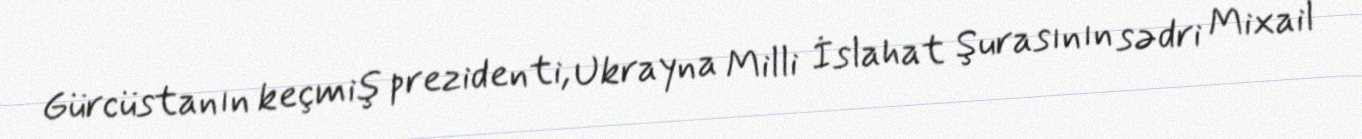
Gürcüstanın keçmiş prezidenti, Ukrayna Milli İslahat Şurasının sədri Mixail